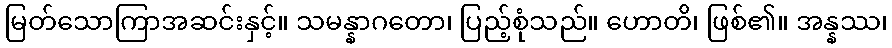
မြတ်သောကြာအဆင်းနှင့်။ သမန္နာဂတော၊ ပြည့်စုံသည်။ ဟောတိ၊ ဖြစ်၏။ အန္နဿ၊